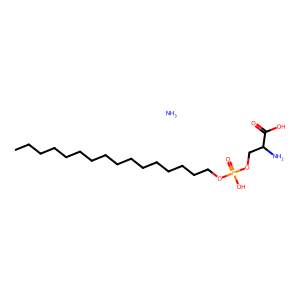
SMILES: CCCCCCCCCCCCCCCCOP(=O)(O)OCC(N)C(=O)O.N
Inhibits HIV replication: No